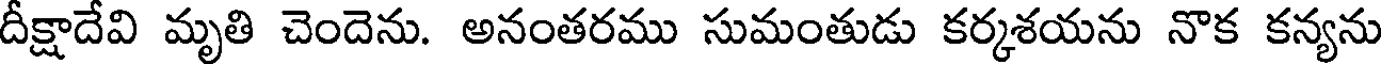
దీక్షాదేవి మృతి చెందెను. అనంతరము సుమంతుడు కర్కశయను నొక కన్యను